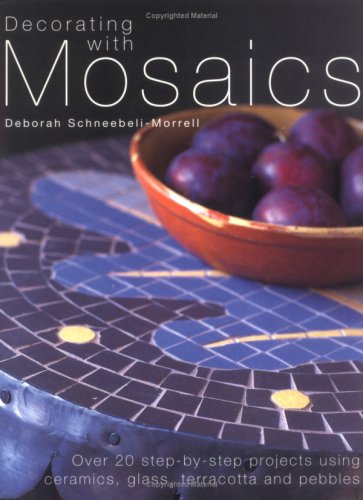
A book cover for Decorating with Mosaics; Deborah Schneebeli-Morrel; Arts & Photography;